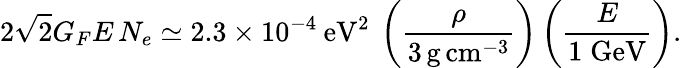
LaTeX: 2\sqrt{2}G_{F}E\, N_{e}\simeq 2.3\times 10^{-4}\: \mathrm{eV}^{2}\: \left(\frac{\rho}{3\, \mathrm{g}\, \mathrm{cm}^{-3}}\right)\left(\frac{E}{1\; \mathrm{GeV}}\right).